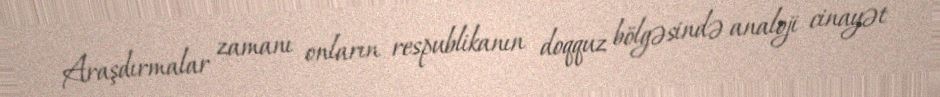
Araşdırmalar zamanı onların respublikanın doqquz bölgəsində analoji cinayət